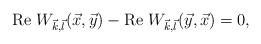
LaTeX: \begin{align*}{\rm Re}\ W_{\vec{k}, \vec{l}}(\vec{x}, \vec{y}) - {\rm Re}\ W_{\vec{k}, \vec{l}}(\vec{y}, \vec{x})= 0,\end{align*}